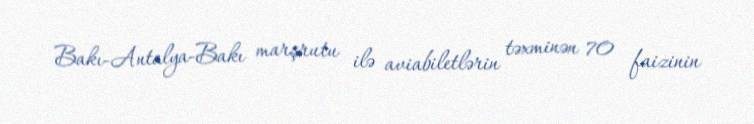
Bakı-Antalya-Bakı marşrutu ilə aviabiletlərin təxminən 70 faizinin